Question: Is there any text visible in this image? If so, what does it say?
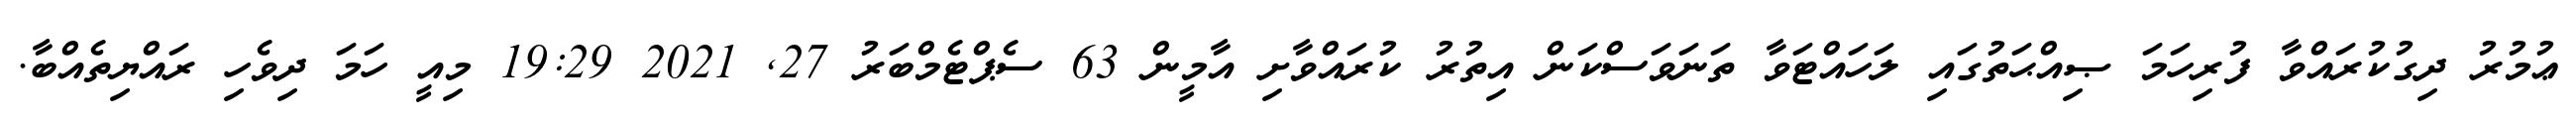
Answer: ޢުމުރު ދިގުކުރައްވާ ފުރިހަމަ ޞިއްޙަތުގައި ލަހައްޓަވާ ތަނަވަސްކަން އިތުރު ކުރައްވާށި އާމީން 63 ސެޕްޓެމްބަރު 27, 2021 19:29 މިއީ ހަމަ ދިވެހި ރައްޔިތެއްބާ.